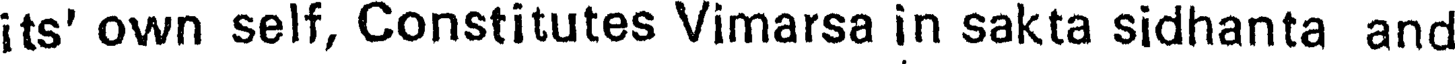
its' own self, Constitutes Vimarsa in sakta sidhanta and